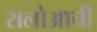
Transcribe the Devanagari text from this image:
रालोआची